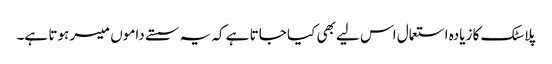
پلاسٹک کا زیادہ استعمال اس لیے بھی کیا جاتا ہے کہ یہ سستے داموں میسر ہوتا ہے۔